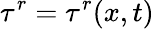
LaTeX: \tau^{r}=\tau^{r}(x,t)